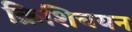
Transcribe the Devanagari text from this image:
क्रिशिचयन